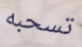
تسحبه